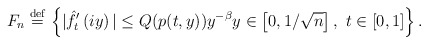
\begin{align*}F_n \overset{\mathrm{def}}{=} \left\{|\hat{f}'_{t}\left(iy\right)| \le Q(p(t,y)) y^{-\beta} y\in \left[0,1/\sqrt{n}\right], \ t\in\left[0,1\right]\right\}.\end{align*}